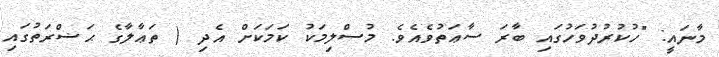
މާނައީ: "ހުކުރުދުވަހުގައި ބާރަ ސާޢަތުވެއެވެ. މުސްލިމަކު ކަމަކަށް އެދި ( ތަޢާލާގެ ޙަޟްރަތުގައި